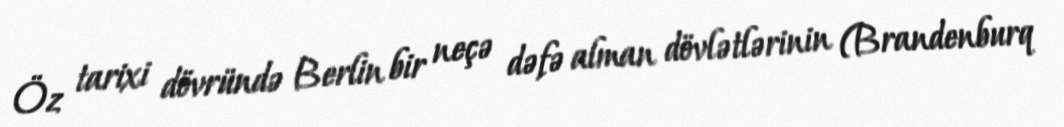
Öz tarixi dövründə Berlin bir neçə dəfə alman dövlətlərinin (Brandenburq